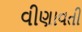
વીણાવતી